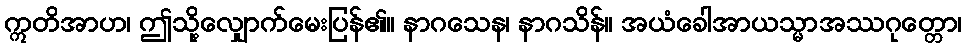
ဣတိအာဟ၊ ဤသို့လျှောက်မေးပြန်၏။ နာဂသေန၊ နာဂသိန်။ အယံခေါအာယသ္မာအဿဂုတ္တော၊